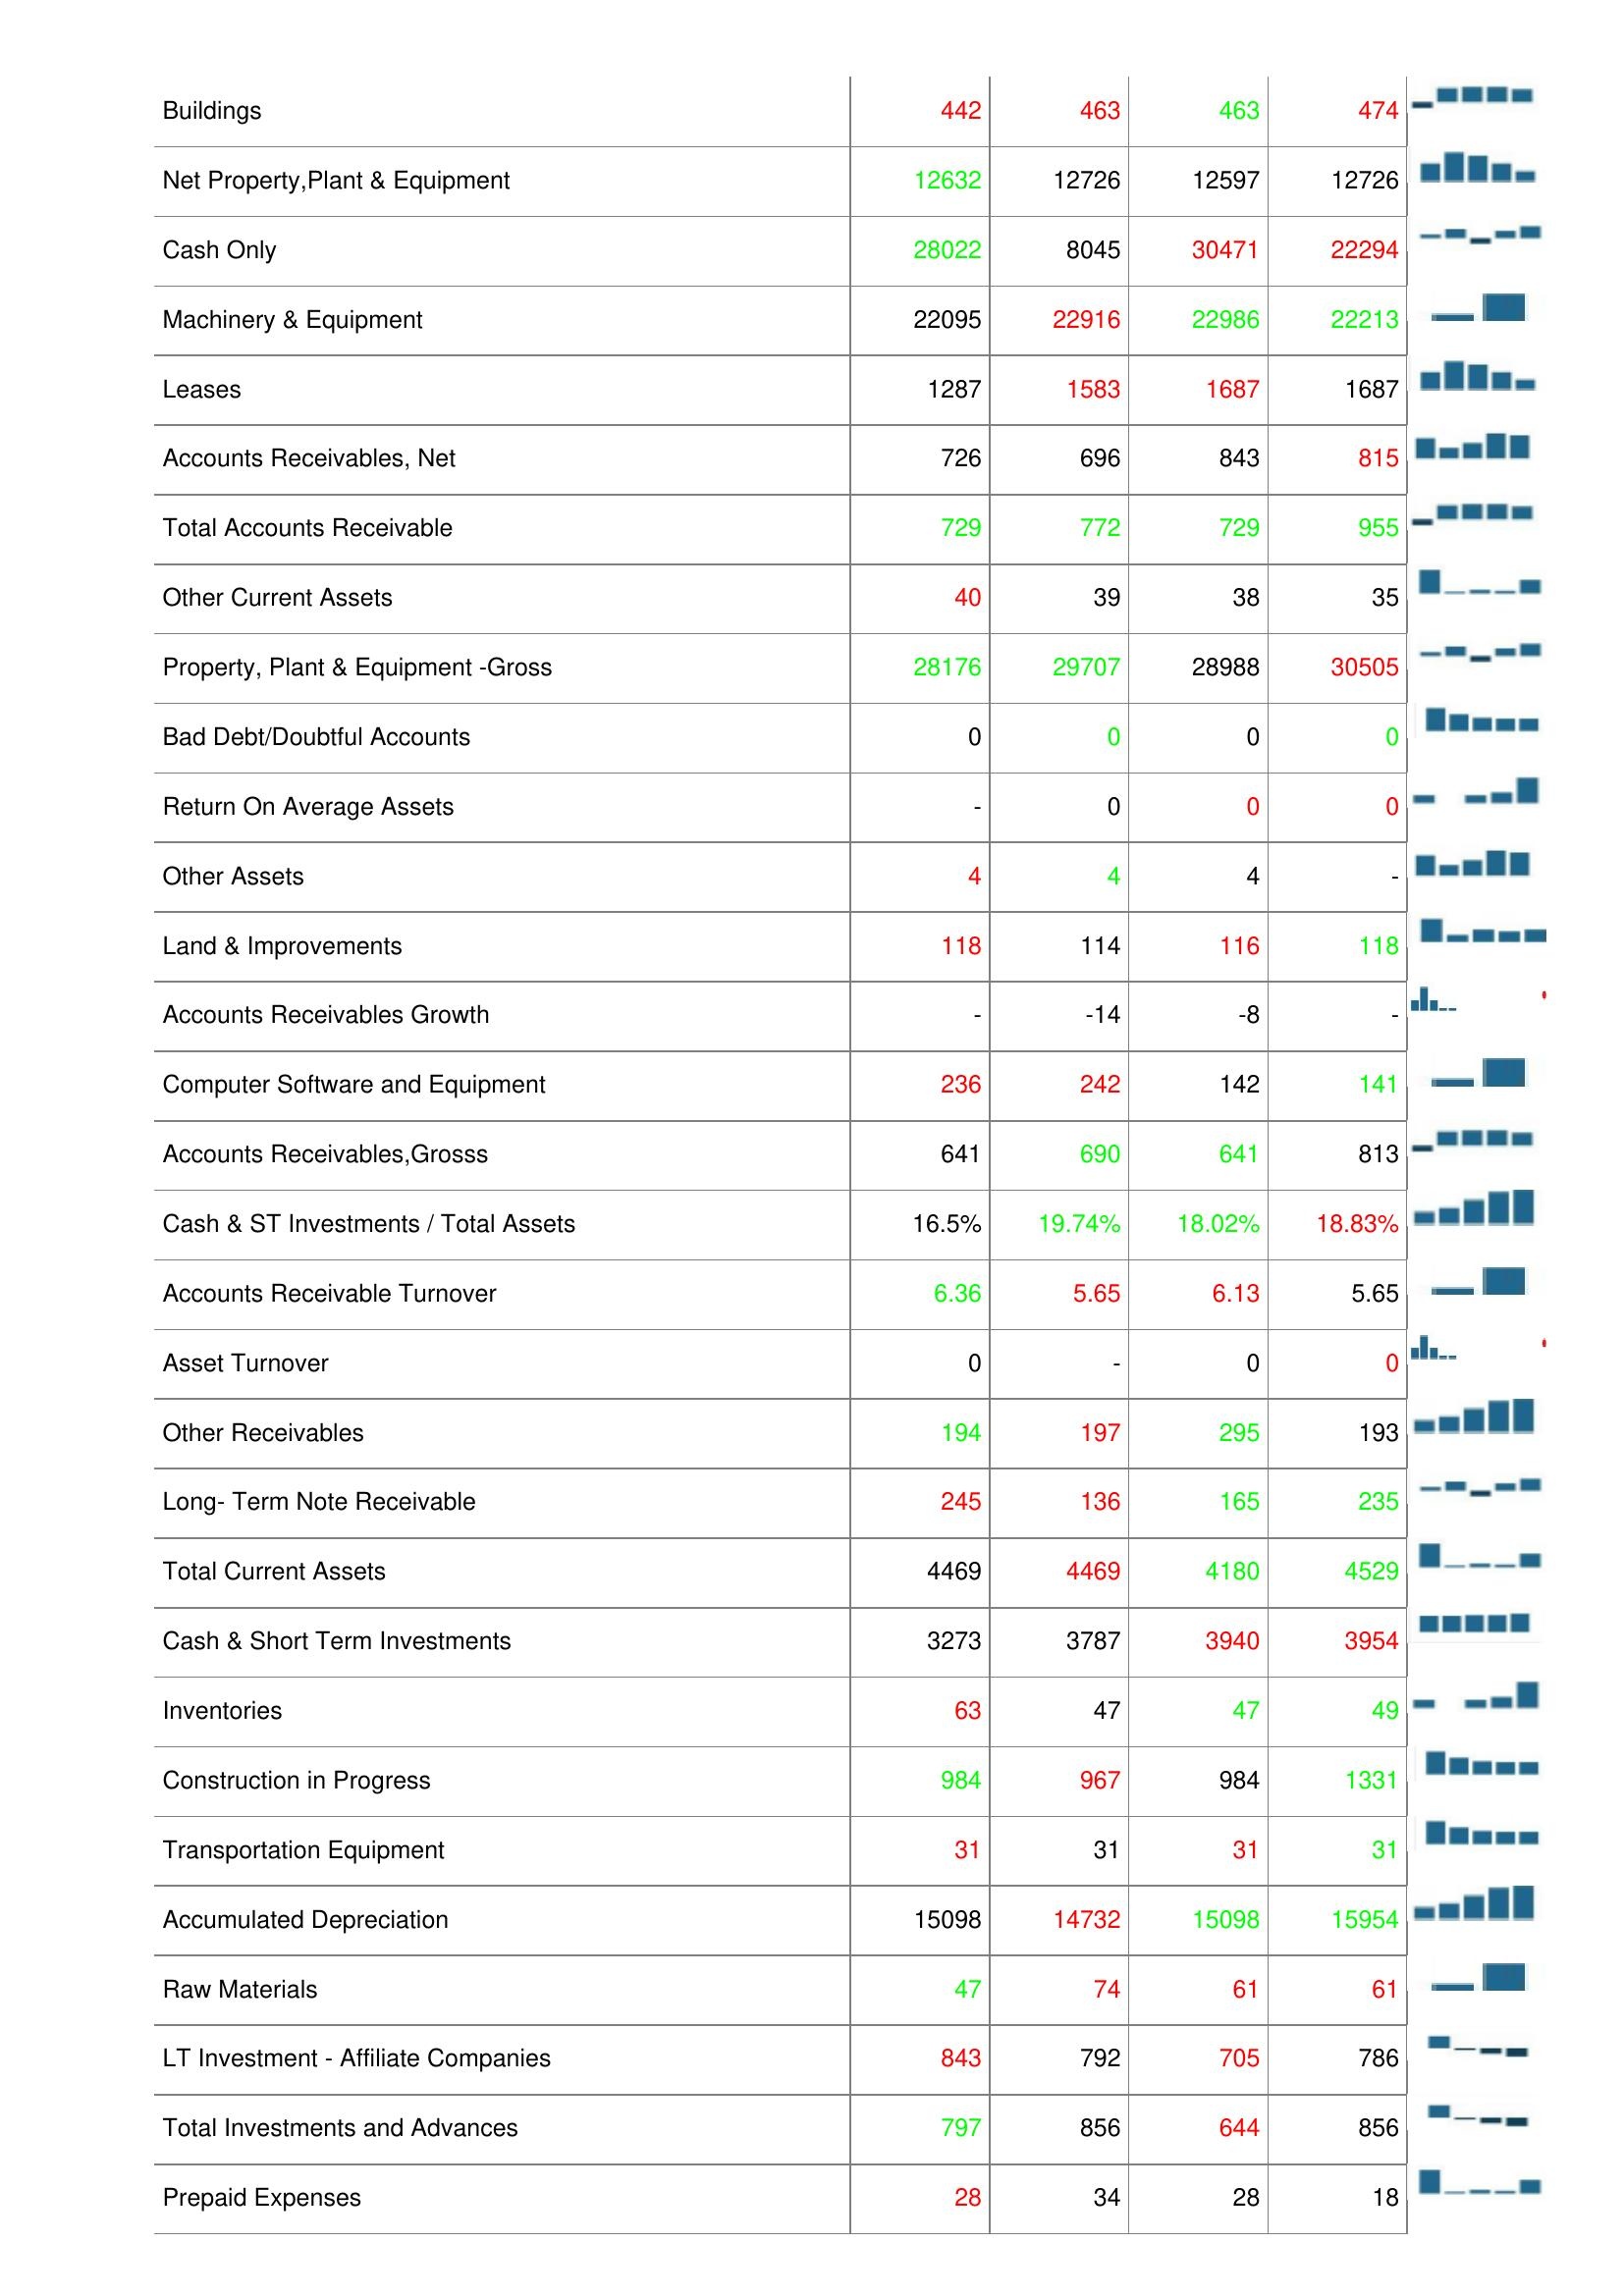
2008: Assets: Other Properyt, Plant & Equipment: 2589
Cash & Short Term Investments Growth: -
Total Assets: 20354
Finished Goods: 2
Deferred Charges: -
Assets - Total-Growth: -
Buildings: 442
Net Property,Plant & Equipment: 12632
Cash Only: 28022
Machinery & Equipment: 22095
Leases: 1287
Accounts Receivables, Net: 726
Total Accounts Receivable: 729
Other Current Assets: 40
Property, Plant & Equipment -Gross: 28176
Bad Debt/Doubtful Accounts: 0
Return On Average Assets: -
Other Assets: 4
Land & Improvements: 118
Accounts Receivables Growth: -
Computer Software and Equipment: 236
Accounts Receivables,Grosss: 641
Cash & ST Investments / Total Assets: 16.5%
Accounts Receivable Turnover: 6.36
Asset Turnover: 0
Other Receivables: 194
Long- Term Note Receivable: 245
Total Current Assets: 4469
Cash & Short Term Investments: 3273
Inventories: 63
Construction in Progress: 984
Transportation Equipment: 31
Accumulated Depreciation: 15098
Raw Materials: 47
LT Investment - Affiliate Companies: 843
Total Investments and Advances: 797
Prepaid Expenses: 28
2007: Assets: Other Properyt, Plant & Equipment: 2560
Cash & Short Term Investments Growth: -
Total Assets: 20329
Finished Goods: 4
Deferred Charges: 1
Assets - Total-Growth: -
Buildings: 463
Net Property,Plant & Equipment: 12726
Cash Only: 8045
Machinery & Equipment: 22916
Leases: 1583
Accounts Receivables, Net: 696
Total Accounts Receivable: 772
Other Current Assets: 39
Property, Plant & Equipment -Gross: 29707
Bad Debt/Doubtful Accounts: 0
Return On Average Assets: 0
Other Assets: 4
Land & Improvements: 114
Accounts Receivables Growth: -14
Computer Software and Equipment: 242
Accounts Receivables,Grosss: 690
Cash & ST Investments / Total Assets: 19.74%
Accounts Receivable Turnover: 5.65
Asset Turnover: -
Other Receivables: 197
Long- Term Note Receivable: 136
Total Current Assets: 4469
Cash & Short Term Investments: 3787
Inventories: 47
Construction in Progress: 967
Transportation Equipment: 31
Accumulated Depreciation: 14732
Raw Materials: 74
LT Investment - Affiliate Companies: 792
Total Investments and Advances: 856
Prepaid Expenses: 34
2006: Assets: Other Properyt, Plant & Equipment: 2455
Cash & Short Term Investments Growth: -
Total Assets: 19083
Finished Goods: 4
Deferred Charges: 2
Assets - Total-Growth: 1
Buildings: 463
Net Property,Plant & Equipment: 12597
Cash Only: 30471
Machinery & Equipment: 22986
Leases: 1687
Accounts Receivables, Net: 843
Total Accounts Receivable: 729
Other Current Assets: 38
Property, Plant & Equipment -Gross: 28988
Bad Debt/Doubtful Accounts: 0
Return On Average Assets: 0
Other Assets: 4
Land & Improvements: 116
Accounts Receivables Growth: -8
Computer Software and Equipment: 142
Accounts Receivables,Grosss: 641
Cash & ST Investments / Total Assets: 18.02%
Accounts Receivable Turnover: 6.13
Asset Turnover: 0
Other Receivables: 295
Long- Term Note Receivable: 165
Total Current Assets: 4180
Cash & Short Term Investments: 3940
Inventories: 47
Construction in Progress: 984
Transportation Equipment: 31
Accumulated Depreciation: 15098
Raw Materials: 61
LT Investment - Affiliate Companies: 705
Total Investments and Advances: 644
Prepaid Expenses: 28
2005: Assets: Other Properyt, Plant & Equipment: 2623
Cash & Short Term Investments Growth: -
Total Assets: 20154
Finished Goods: 1
Deferred Charges: 2
Assets - Total-Growth: -7
Buildings: 474
Net Property,Plant & Equipment: 12726
Cash Only: 22294
Machinery & Equipment: 22213
Leases: 1687
Accounts Receivables, Net: 815
Total Accounts Receivable: 955
Other Current Assets: 35
Property, Plant & Equipment -Gross: 30505
Bad Debt/Doubtful Accounts: 0
Return On Average Assets: 0
Other Assets: -
Land & Improvements: 118
Accounts Receivables Growth: -
Computer Software and Equipment: 141
Accounts Receivables,Grosss: 813
Cash & ST Investments / Total Assets: 18.83%
Accounts Receivable Turnover: 5.65
Asset Turnover: 0
Other Receivables: 193
Long- Term Note Receivable: 235
Total Current Assets: 4529
Cash & Short Term Investments: 3954
Inventories: 49
Construction in Progress: 1331
Transportation Equipment: 31
Accumulated Depreciation: 15954
Raw Materials: 61
LT Investment - Affiliate Companies: 786
Total Investments and Advances: 856
Prepaid Expenses: 18